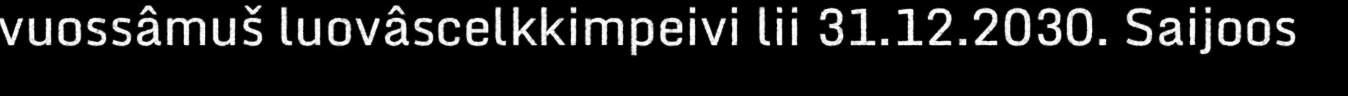
vuossâmuš luovâscelkkimpeivi lii 31.12.2030. Saijoos